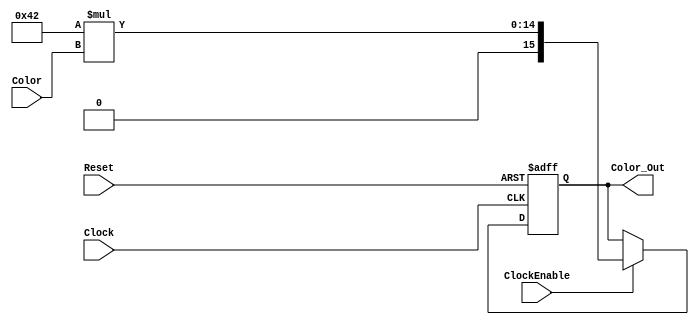
// --------------------------------------------------------------------------------------------
//  2002 Xilinx, Inc. All rights reserved. All Xilinx trademarks, registered trademarks, 
// patents, and further disclaimers are as listed at http://www.xilinx.com/legal.htm. All 
// other trademarks and registered trademarks are the property of their respective owners. 
// All specifications are subject to change without notice.
// --------------------------------------------------------------------------------------------
// NOTICE OF DISCLAIMER: Xilinx is providing this design, code, or information "as is." 
// By providing the design, code, or information as one possible implementation of this 
// feature, application, or standard, Xilinx makes no representation that this implementation
// is free from any claims of infringement. You are responsible for obtaining any rights
// you may require for your implementation. Xilinx expressly disclaims any warranty whatsoever
// with respect to the adequacy of the implementation, including but not limited to any 
// warranties or representations that this implementation is free from claims of infringement
// and any implied warranties of merchantability or fitness for a particular purpose. 
// --------------------------------------------------------------------------------------------
// 
// 
// Constant Mutliplier for RGB to YCbCr Conversion
//
// Benoit Payette, Xilinx AE, Montreal 
// July 09, 2002
// 
// SynplifyPRO v7.1 for synthesis
// MTI v5.6 for simulation
//
// This file is the Verilog const_mult
//
// Description: This is a parameterizable constant multiplier
//
//

`timescale 1ns / 10ps

module const_mult 
(
  Clock,
  ClockEnable,
  Reset,
  Color,
  Color_Out
);

  parameter IN_SIZE   =  8;
  parameter OUT_SIZE  = 16;  // output size width (integer)
  parameter CST_MULT  = 66;  // constant multiplicand (integer)

  input Clock; 
  input ClockEnable; 
  input Reset; 
  input [ (IN_SIZE - 1):0] Color; 
  output[(OUT_SIZE - 1):0] Color_Out; 

  reg   [(OUT_SIZE - 1):0] Color_Out;

// ------------------------------
// RTL code for COLOR_KCM process
// ------------------------------
  always @(posedge Clock or posedge Reset)
  begin : COLOR_KCM
    if (Reset)
      Color_Out <= 0; 
    else if (ClockEnable)
      Color_Out <= CST_MULT * Color; 
   end 


endmodule